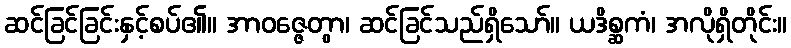
ဆင်ခြင်ခြင်းနှင့်စပ်၏။ အာဝဇ္ဇေတွာ၊ ဆင်ခြင်သည်ရှိသော်။ ယဒိစ္ဆကံ၊ အလိုရှိတိုင်း။